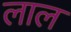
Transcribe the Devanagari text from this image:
लाल